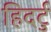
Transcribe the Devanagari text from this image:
हिदर्टु